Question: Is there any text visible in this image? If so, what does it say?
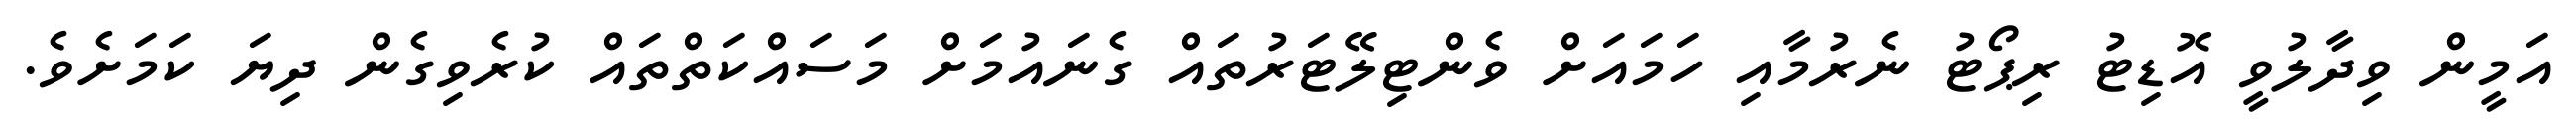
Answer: އަމީން ވިދާލުވީ އޮޑިޓު ރިޕޯޓު ނެރުމާއި ހަމައަށް ވެންޓިލޭޓަރުތައް ގެނައުމަށް މަސައްކަތްތައް ކުރެވިގެން ދިޔަ ކަމަށެވެ.